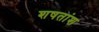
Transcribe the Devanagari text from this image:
शषतांश